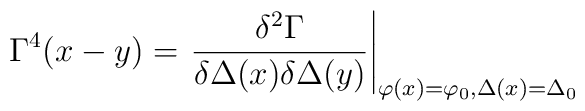
\Gamma^{4}(x-y)=\left.\frac{\delta^2 \Gamma}{\delta\Delta(x)\delta \Delta(y)}\right|_{\varphi(x)=\varphi_{0},\Delta(x)=\Delta_{0}}